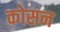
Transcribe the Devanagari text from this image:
कोसन